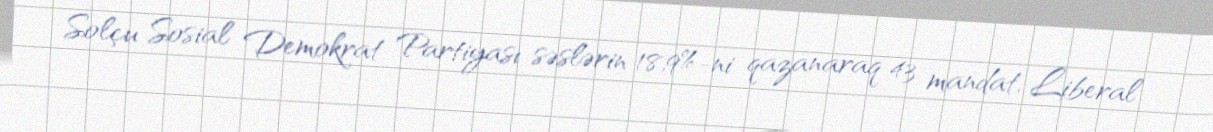
Solçu Sosial Demokrat Partiyası səslərin 18,9%-ni qazanaraq 43 mandat, Liberal